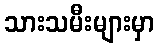
သားသမီးများမှာ